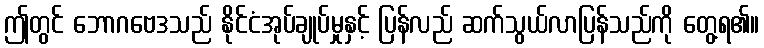
ဤတွင် ဘောဂဗေဒသည် နိုင်ငံအုပ်ချုပ်မှုနှင့် ပြန်လည် ဆက်သွယ်လာပြန်သည်ကို တွေ့ရ၏။